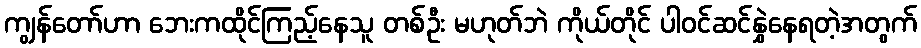
ကျွန်တော်ဟာ ဘေးကထိုင်ကြည့်နေသူ တစ်ဦး မဟုတ်ဘဲ ကိုယ်တိုင် ပါဝင်ဆင်နွှဲနေရတဲ့အတွက်